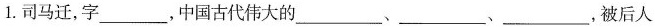
1.司马迁，字___，中国古代伟大的___、___、___，被后人